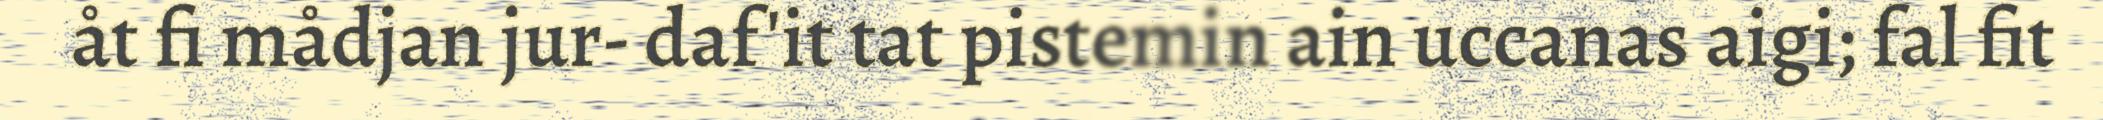
åt fi mådjan jur- daf'it tat pistemin ain uccanas aigi; fal fit